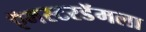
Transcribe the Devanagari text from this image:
ऍमस्टरडॅमला